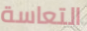
التعاسة